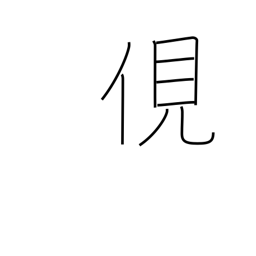
Meaning: spy on